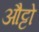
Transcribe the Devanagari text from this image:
औट्टो